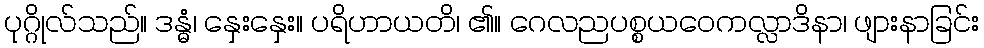
ပုဂ္ဂိုလ်သည်။ ဒန္ဓံ၊ နှေးနှေး။ ပရိဟာယတိ၊ ၏။ ဂေလညပစ္စယဝေကလ္လာဒိနာ၊ ဖျားနာခြင်း